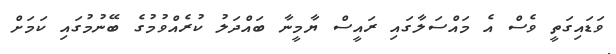
ވަޑައިގަތީ ވެސް އެ މައްސަލާގައި ރައީސް ޔާމީނާ ބައްދަލު ކުރެއްވުމުގެ ބޭނުމުގައި ކަމަށް